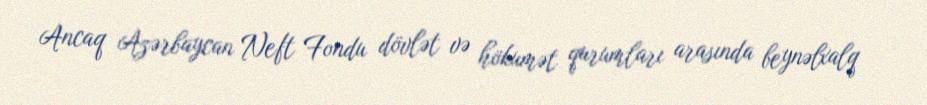
Ancaq Azərbaycan Neft Fondu dövlət və hökumət qurumları arasında beynəlxalq